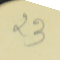
23